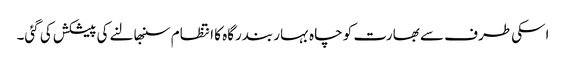
اسکی طرف سے بھارت کو چاہ بہار بندرگاہ کا انتظام سنبھالنے کی پیشکش کی گئی۔